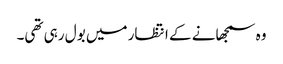
وہ سمجھانے کے انتظار میں بول رہی تھی۔